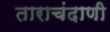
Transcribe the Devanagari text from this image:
ताराचंदाणी